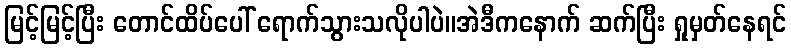
မြင့်မြင့်ပြီး တောင်ထိပ်ပေါ် ရောက်သွားသလိုပါပဲ။အဲဒီကနောက် ဆက်ပြီး ရှုမှတ်နေရင်